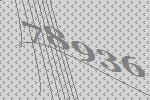
78936